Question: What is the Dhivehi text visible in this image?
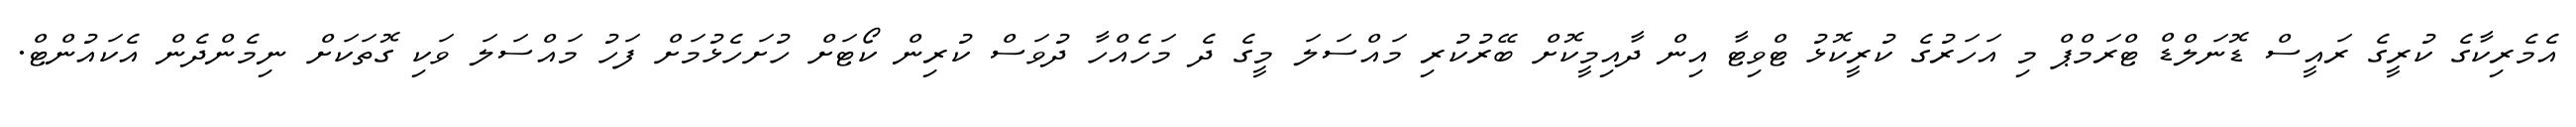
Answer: އެމެރިކާގެ ކުރީގެ ރައީސް ޑޮނަލްޑް ޓްރަމްޕް މި އަހަރުގެ ކުރީކޮޅު ޓްވިޓާ އިން ދާއިމީކޮށް ބޭރުކުރި މައްސަލަ މީގެ ދެ މަހެއްހާ ދުވަސް ކުރިން ކޯޓަށް ހުށަހެޅުމަށް ފަހު މައްސަލަ ވަކި ގޮތަކަށް ނިމެންދެން އެކައުންޓް.